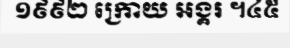
១៩៩២ ក្រោយ អង្គរ ។៤៥